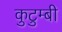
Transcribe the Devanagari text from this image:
कुटुम्बी